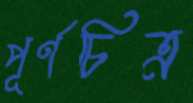
পূর্ণচিত্র